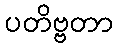
ပတိဗ္ဗတာ